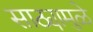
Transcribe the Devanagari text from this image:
साठ्यामुळे